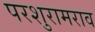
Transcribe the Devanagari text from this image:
परशुरामराव